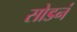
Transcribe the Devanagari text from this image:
सोडनं